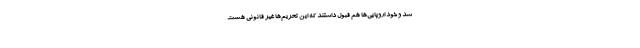
شد و خود اروپایی‌ها هم قبول داشتند که این تحریم‌ها غیر قانونی هست